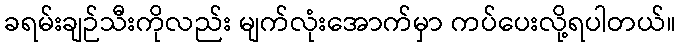
ခရမ်းချဉ်သီးကိုလည်း မျက်လုံးအောက်မှာ ကပ်ပေးလို့ရပါတယ်။